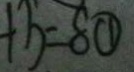
3 a + b = 8 \textcircled { 1 }